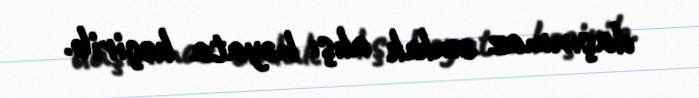
daşınmaz əmlak alışı həyata keçirib.